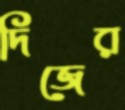
দিজের